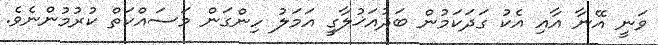
ވަނީ އޭނާ އާއި އެކު ގަދަކަމުން ބަދުއަޚުލާގީ އަމަލު ހިންގަން މަސައްކަތް ކުރުމުންނެވެ.